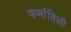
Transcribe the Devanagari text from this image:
फर्माविली